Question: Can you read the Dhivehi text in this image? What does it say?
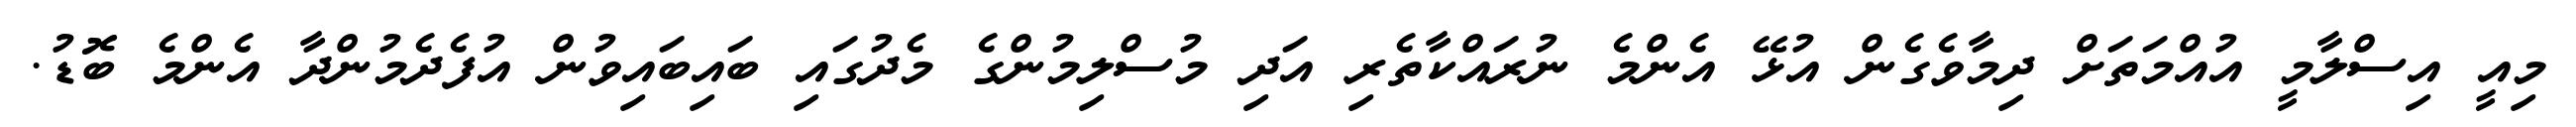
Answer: މިއީ އިސްލާމީ އުއްމަތަށް ދިމާވެގެން އުޅޭ އެންމެ ނުރައްކާތެރި އަދި މުސްލިމުންގެ މެދުގައި ބައިބައިވުން އުފެދެމުންދާ އެންމެ ބޮޑު.